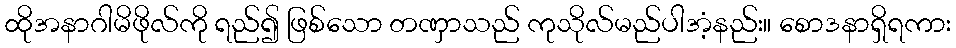
ထိုအနာဂါမိဖိုလ်ကို ရည်၍ ဖြစ်သော တဏှာသည် ကုသိုလ်မည်ပါအံ့နည်း။ စောဒနာရှိရကား